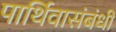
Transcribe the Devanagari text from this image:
पार्थिवासंबंधी